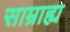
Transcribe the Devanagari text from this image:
साम्राह्य